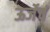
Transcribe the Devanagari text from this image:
ऊर्जेचं